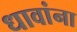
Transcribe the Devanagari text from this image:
धावांना